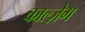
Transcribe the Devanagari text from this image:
काल्ज़ेग